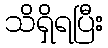
သိရှိရပြီး